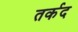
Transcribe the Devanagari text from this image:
तर्कद